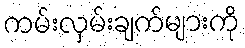
ကမ်းလှမ်းချက်များကို